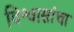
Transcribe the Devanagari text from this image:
विश्वासांचा